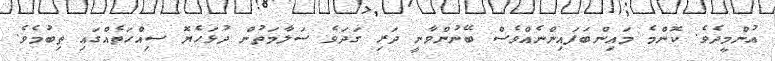
އުންމީދެވެ. ކޮންމެ މައިންބަފައިންނެއްވެސް ބޭނުންވާނީ ދަރި ގަދަވެ ސަލާމަތުން ދުޅަހެޔޮ ސިއްހަތެއްގައި ތިބުމެވެ.